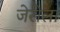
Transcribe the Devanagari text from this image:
जेरीला